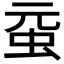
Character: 𧉗